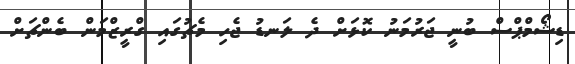
ޑިޝޯމްޕްސް ބުނީ ޖަރުމަނު ކޮޅަށް ދެ ލަނޑު ޖެހި މެޗުގައި ގްރީޒްމަން ބެންޗަށް